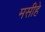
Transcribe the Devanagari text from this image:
मसीहे